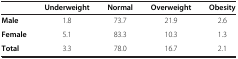
|  | Underweight | Normal | Overweight | Obesity |
 | --- | --- | --- | --- | --- |
 | Male | 1.8 | 73.7 | 21.9 | 2.6 |
 | Female | 5.1 | 83.3 | 10.3 | 1.3 |
 | Total | 3.3 | 78.0 | 16.7 | 2.1 |